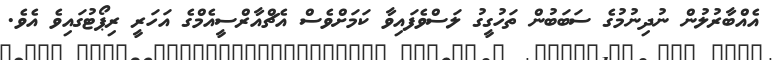
އެއްބާރުލުން ނުދިނުމުގެ ސަބަބުން ތަހުގީގު ލަސްވެފައިވާ ކަމަށްވެސް އެޗްއާރްސީއެމްގެ އަހަރީ ރިޕޯޓުގައިވެ އެވެ.